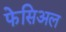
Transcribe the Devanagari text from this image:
फेसिअल